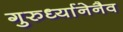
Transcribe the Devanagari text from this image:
गुरुर्ध्यानेनैव